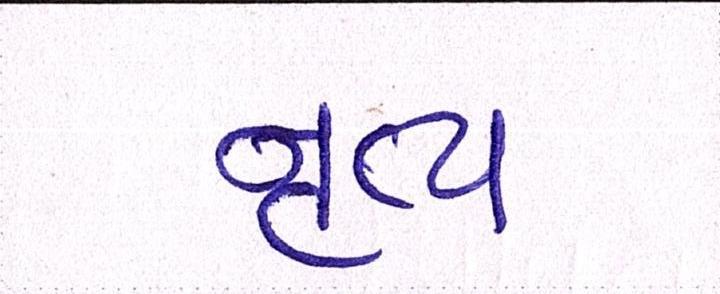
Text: નૃત્ય